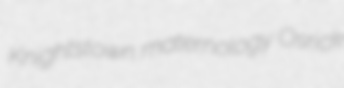
Knightstown maternology Osrick